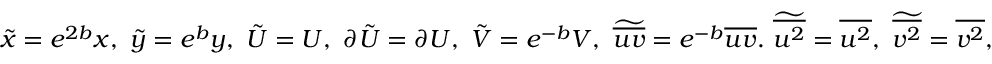
\tilde { x } = e ^ { 2 b } x , \ \tilde { y } = e ^ { b } y , \ \tilde { U } = U , \ \partial \tilde { U } = \partial U , \ \tilde { V } = e ^ { - b } V , \ \widetilde { \overline { { u v } } } = e ^ { - b } \overline { { u v } } . \ \widetilde { \overline { { u ^ { 2 } } } } = \overline { { u ^ { 2 } } } , \ \widetilde { \overline { { v ^ { 2 } } } } = \overline { { v ^ { 2 } } } ,